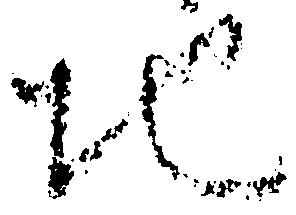
地